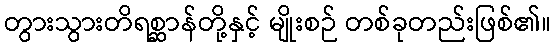
တွားသွားတိရစ္ဆာန်တို့နှင့် မျိုးစဉ် တစ်ခုတည်းဖြစ်၏။